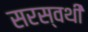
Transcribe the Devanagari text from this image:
सरस्वथी